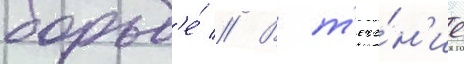
борьб'е́ // В т'ече́н'ие